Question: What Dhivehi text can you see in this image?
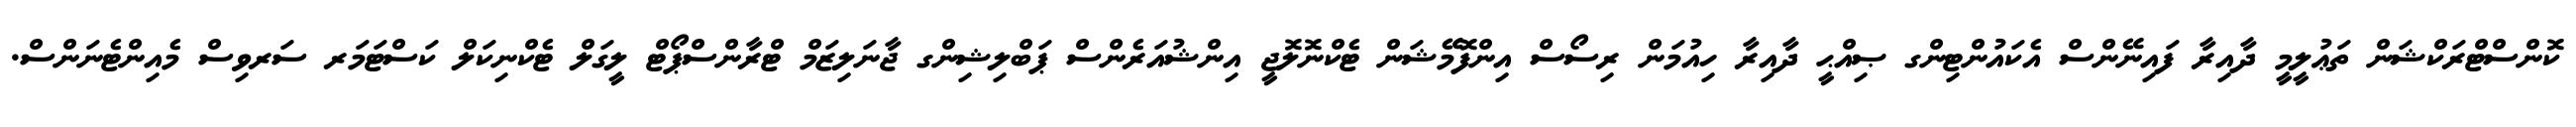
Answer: ކޮންސްޓްރަކްޝަން ތަޢުލީމީ ދާއިރާ ފައިނޭންސް އެކައުންޓިންގ ޞިއްޙީ ދާއިރާ ހިއުމަން ރިސޯސް އިންފޮމޭޝަން ޓެކްނޮލޮޖީ އިންޝުއަރެންސް ޕަބްލިޝިންގ ޖާނަލިޒަމް ޓްރާންސްޕޯޓް ލީގަލް ޓެކްނިކަލް ކަސްޓަމަރ ސަރވިސް މެއިންޓެނަންސް.